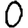
Digit: 0